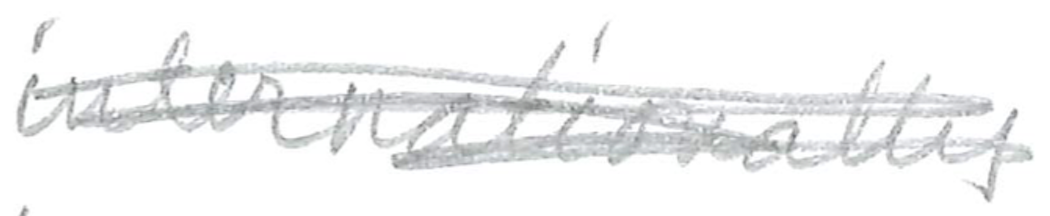
Text: internationally
Cross-out: scratch
Writing tool: pencil